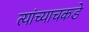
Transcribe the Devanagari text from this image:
त्यांच्याचकडे